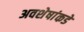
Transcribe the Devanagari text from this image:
अवशेषांकडे